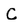
Character: C